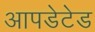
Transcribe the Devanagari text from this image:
आपडेटेड